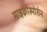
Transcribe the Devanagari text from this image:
माइक्रोस्पोरोन